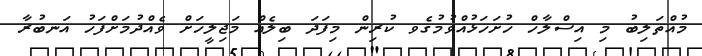
މުއްތަލިބު މި އިސްލާހް ހުށަހަޅުއްވުމުގެވ ކުރިން މިފަދަ ބިލެއް މަޖިލީހަށް ވެއްދުމަށްފަހު އަނބުރާ